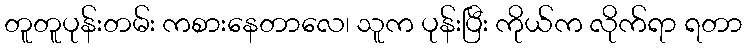
တူတူပုန်းတမ်း ကစားနေတာလေ၊ သူက ပုန်းပြီး ကိုယ်က လိုက်ရာ ရတာ